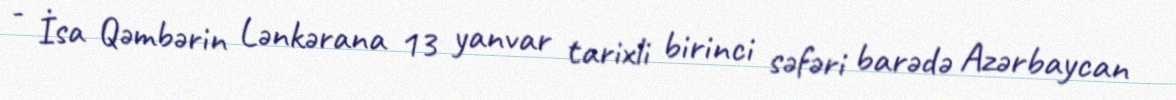
- İsa Qəmbərin Lənkərana 13 yanvar tarixli birinci səfəri barədə Azərbaycan